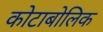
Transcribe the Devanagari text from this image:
कोटाबोलिक